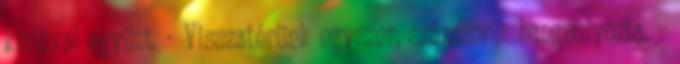
kínjával együtt. - Visszatérünk egyszer, százszor - hangsúlyozta. -